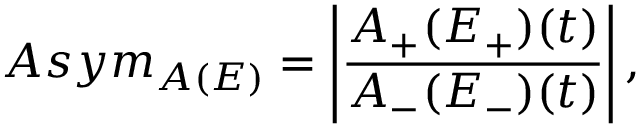
A s y m _ { A ( E ) } = \left| \frac { A _ { + } ( E _ { + } ) ( t ) } { A _ { - } ( E _ { - } ) ( t ) } \right| ,